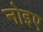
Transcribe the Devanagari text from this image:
नोइए